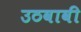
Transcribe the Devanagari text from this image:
उठवावी